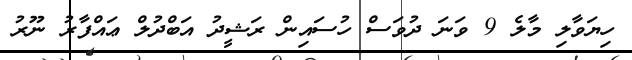
ހިޔަވާލި މާލެ 9 ވަނަ ދުވަސް ހުސައިން ރަޝީދު އަބްދުލް ޢައްފާރު ނޫރު